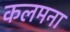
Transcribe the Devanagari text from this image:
कलमना